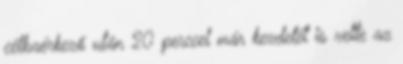
célbaérkező után 20 perccel már kezdetét is vette az